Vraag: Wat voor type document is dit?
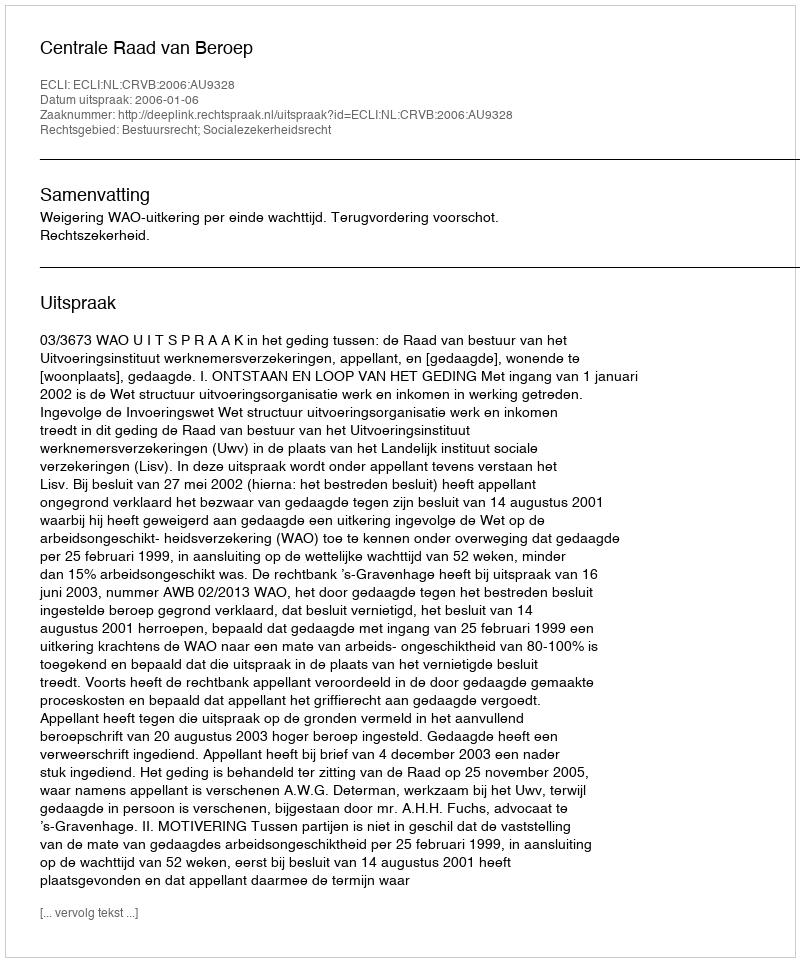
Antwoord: Uitspraak